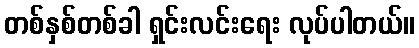
တစ်နှစ်တစ်ခါ ရှင်းလင်းရေး လုပ်ပါတယ်။